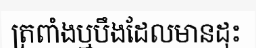
ត្រពាំងឬបឹងដែលមានដុះ